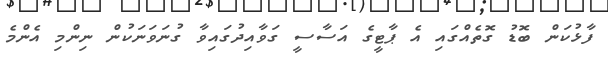
ފާޅުކަން ބޮޑު ގޮތެއްގައި އެ ޕާޓީގެ އަސާސީ ގަވާއިދުގައިވާ ގުނަވަނަކުން ނިންމި އެންމެ